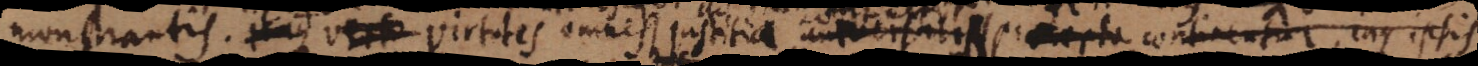
monstrantis. Itaque virt Virtutes omnes justitiae universalis praecepto continentur, inque ipsis